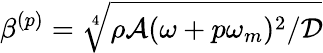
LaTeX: \beta^{(p)}=\sqrt[4]{\rho\mathcal{A}(\omega+p\omega_{m})^{2}/\mathcal{D}}